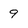
Character: 9